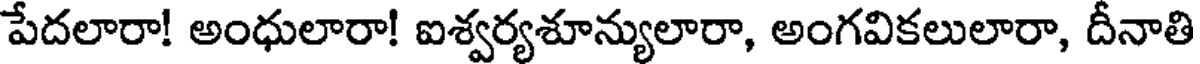
పేదలారా! అంధులారా! ఐశ్వర్యశూన్యులారా, అంగవికలులారా, దీనాతి